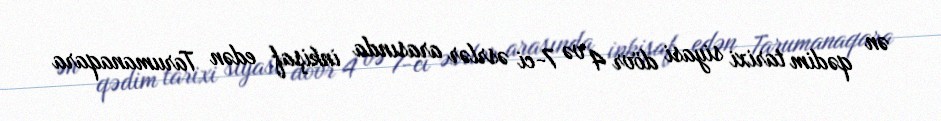
ən qədim tarixi siyasi dövr 4 və 7-ci əsrlər arasında inkişaf edən Tarumanaqara